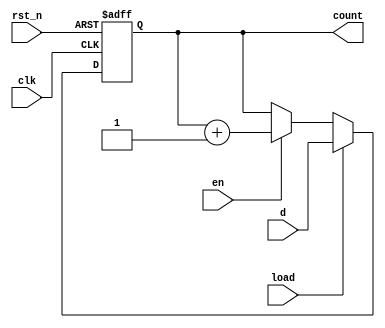
module counter_4bit(input clk,
					input rst_n,
					input en,
					input load,
					input [3:0]d,
					output reg [3:0]count);
					
	always @(posedge clk,negedge rst_n)
	begin
		if(rst_n==0)
			count<=4'b0000;
		else
			if(load==1)
				count<=d;
			else
				if(en==1)
					count<=count+1;
	end
endmodule